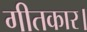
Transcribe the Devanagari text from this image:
गीतकार।